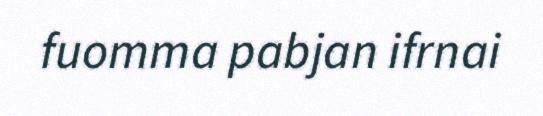
fuomma pabjan ifrnai